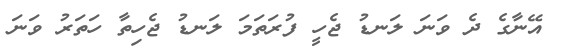
އޭނާގެ ދެ ވަނަ ލަނޑު ޖެހީ ފުރަތަމަ ލަނޑު ޖެހިތާ ހަތަރު ވަނަ